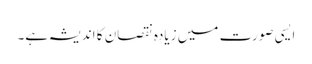
ایسی صورت میں زیادہ نقصان کا اندیشہ ہے۔